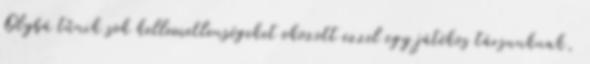
Olybá tűnik sok kellemetlenségeket okozott ezzel egy játékos társunknak,